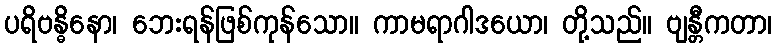
ပရိဗန္ဓိနော၊ ဘေးရန်ဖြစ်ကုန်သော။ ကာမရာဂါဒယော၊ တို့သည်။ ဗျန္တီကတာ၊